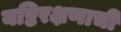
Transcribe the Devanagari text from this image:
यष्टिरक्षणाची